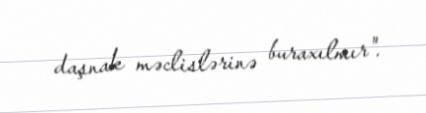
daşnak məclislərinə buraxılmır".